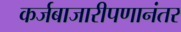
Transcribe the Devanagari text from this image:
कर्जबाजारीपणानंतर